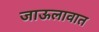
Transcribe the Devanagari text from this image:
जाऊलावात